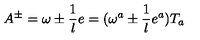
A ^ { \pm } = \omega \pm \frac { 1 } { l } e = ( \omega ^ { a } \pm \frac { 1 } { l } e ^ { a } ) T _ { a }